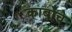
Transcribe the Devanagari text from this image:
काबोचे